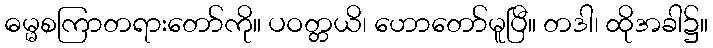
ဓမ္မစကြာတရားတော်ကို။ ပဝတ္တယိ၊ ဟောတော်မူပြီ။ တဒါ၊ ထိုအခါ၌။